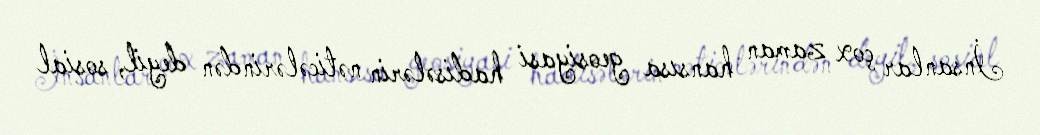
İnsanlar çox zaman hansısa geosiyasi hadisələrin nəticələrindən deyil, sosial